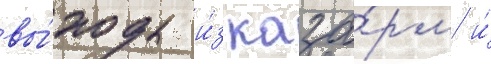
вы́ходы и́з каза́рм и́